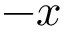
- x